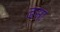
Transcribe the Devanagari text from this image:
ढसा